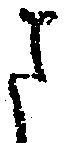
ま